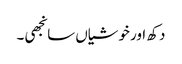
دکھ اور خوشیاں سانجھی۔